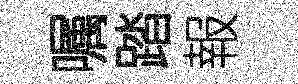
嘱踏報